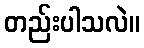
တည်းပါသလဲ။